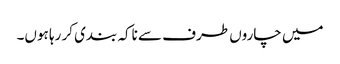
میں چاروں طرف سے ناکہ بندی کر رہا ہوں۔